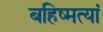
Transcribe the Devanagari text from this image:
बहिष्मत्यां